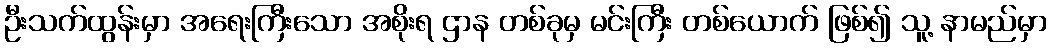
ဦးသက်ထွန်းမှာ အရေးကြီးသော အစိုးရ ဌာန တစ်ခုမှ မင်းကြီး တစ်ယောက် ဖြစ်၍ သူ့ နာမည်မှာ